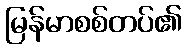
မြန်မာစစ်တပ်၏